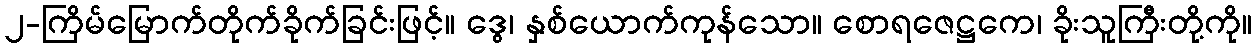
၂-ကြိမ်မြောက်တိုက်ခိုက်ခြင်းဖြင့်။ ဒွေ၊ နှစ်ယောက်ကုန်သော။ စောရဇေဋ္ဌကေ၊ ခိုးသူကြီးတို့ကို။